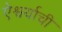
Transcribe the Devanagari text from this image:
ऐश्वर्याची